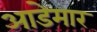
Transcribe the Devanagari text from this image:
आडेमार